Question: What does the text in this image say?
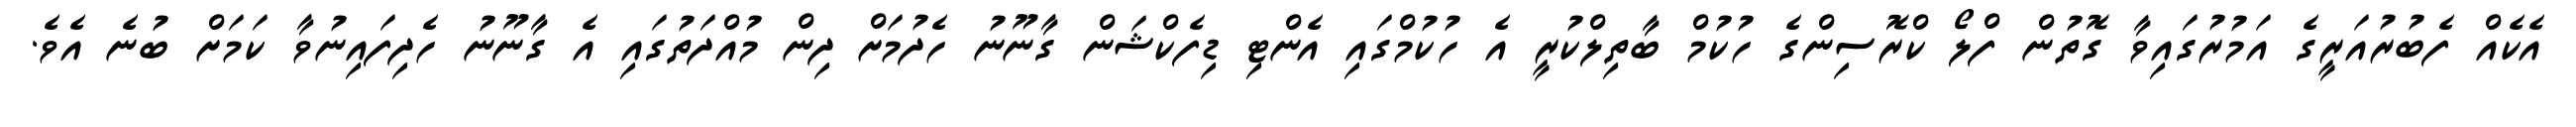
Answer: އެކެއް ފެބުރުއަރީގެ އަމުރުގައިވާ ގޮތުން ފްލޯ ކްރޮސިންގެ ހުކުމް ބާތިލްކުރީ އެ ހުކުމްގައި އެންޓި ޑިފެކްޝަން ގާނޫނު ހެދުމަށް ދިން މުއްދަތުގައި އެ ގާނޫނު ހެދިފައިނުވާ ކަމަށް ބުނެ އެވެ.